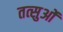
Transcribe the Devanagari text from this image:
तत्सुओं